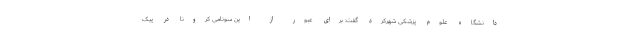
دانشگاه علوم پزشکی شهرکرد گفت: برای عبور از این سونامی کرونا در پیک